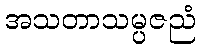
အသတာသမ္ပဇညံ